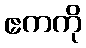
ဧကကို